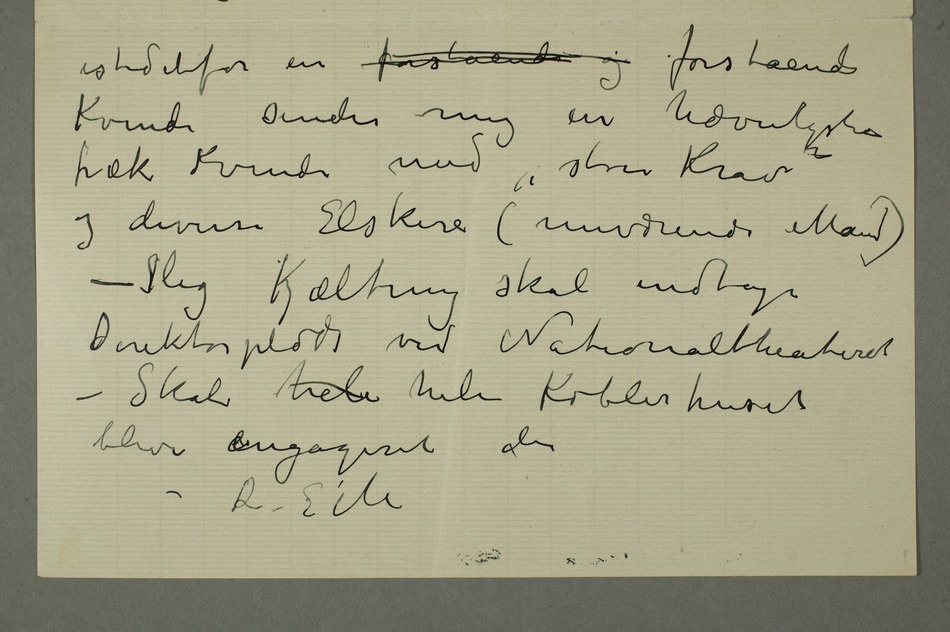
istedetfor en forstående og forstående
Kvinde sender mig en hævnlysten
fræk Kvinde med "store Krav"
og diverse Elskere (nuværende Mand)
– Slig Kjæltring skal indtage
Direktørplads ved Nationaltheateret
– Skal hele hele Koblerhuset
blive engageret der